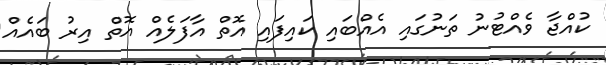
ކުއްޖާ ވެއްޓުނު ތަނުގައި އެއްބައި ކައިފައި އޮތް އާފަލެއް އޮތް އިރު ބައެއް